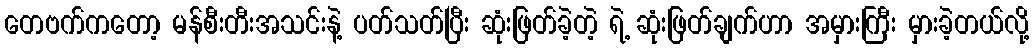
တေဗက်ကတော့ မန်စီးတီးအသင်းနဲ့ ပတ်သတ်ပြီး ဆုံးဖြတ်ခဲ့တဲ့ ရဲ့ ဆုံးဖြတ်ချက်ဟာ အမှားကြီး မှားခဲ့တယ်လို့